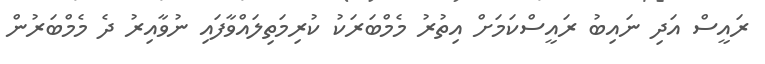
ރައީސް އަދި ނައިބު ރައީސްކަމަށް އިތުރު މެމްބަރަކު ކުރިމަތިލައްވާފައި ނުވާއިރު ދެ މެމްބަރުން